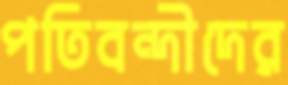
পতিবন্দীদের